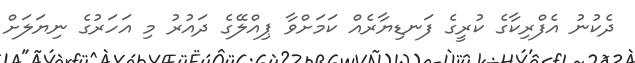
ދެކުނު އެފްރިކާގެ ކުރީގެ ފަނޑިޔާރެއް ކަމަށްވާ ޕިއްލޭގެ ދައުރު މި އަހަރުގެ ނިޔަލަށް